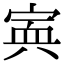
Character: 𡩂